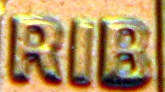
RIB